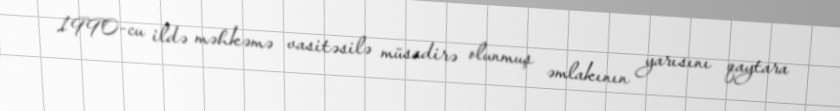
1990-cu ildə məhkəmə vasitəsilə müsadirə olunmuş əmlakının yarısını qaytara